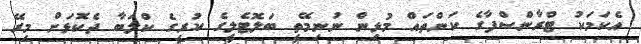
އެކަމަކު ޓްރާންސްފާގެ ކަންތައް މުޅިން ނުނިމޭތީ ބަލޮޓެލީގެ ކުރީގެ ކްލަބާ ދެކޮޅަށް މިރޭ